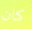
كان